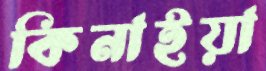
কিনাইয়া